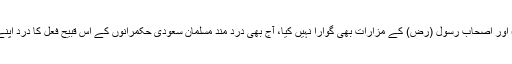
انہوں نے کہا کہ سعودی حکمرانوں نے سرزمین عرب پر اہل بیت (ع) اور اصحاب رسول (رض) کے مزارات بھی گوارا نہیں کیا، آج بھی درد مند مسلمان سعودی حکمرانوں کے اس قبیح فعل کا درد اپنے سینوں میں محسوس کرتے ہوئے اس عمل کی شدید مذمت کرتے ہیں۔